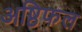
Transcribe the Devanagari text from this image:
अष्ठिफल